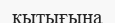
қытығына